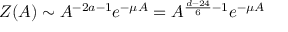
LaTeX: Z ( A ) \sim A ^ { - 2 a - 1 } e ^ { - \mu A } = A ^ { \frac { d - 2 4 } { 6 } - 1 } e ^ { - \mu A }